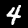
Digit: 4